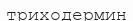
триходермин